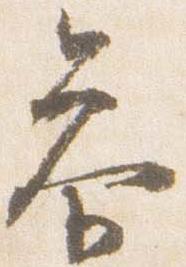
参